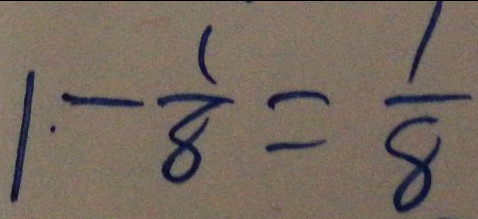
1 \cdot - \frac { 1 } { 8 } = \frac { 1 } { 8 }